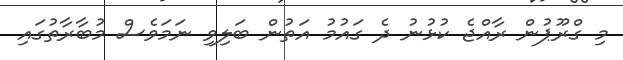
މި ގްރޫޕުން ރާއްޖެ ކުޅުނު ދެ ގައުމު އަތުން ބަލިވި ނަމަވެސް މުބާރާތުގައި